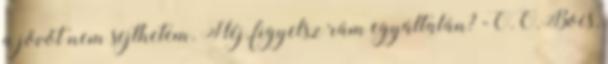
a jövőt nem sejthetem. Héj, figyelsz rám egyáltalán? -Ö.Ö.Bocs,